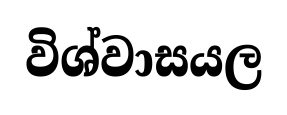
විශ්වාසයල